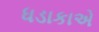
ધડાકાએ